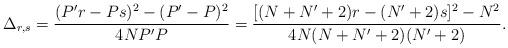
LaTeX: \begin{align*}\Delta_{r,s}=\frac{(P'r-Ps)^2-(P'-P)^2}{4NP'P}=\frac{[ (N+N'+2)r-(N'+2)s]^2-N^2}{4N(N+N'+2)(N'+2)}.\end{align*}